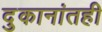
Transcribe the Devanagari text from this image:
दुकानांतही